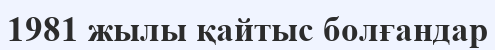
1981 жылы қайтыс болғандар